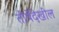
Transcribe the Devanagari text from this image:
तीर्थेदेखील